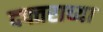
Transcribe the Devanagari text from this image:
दफ्तराच्या